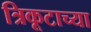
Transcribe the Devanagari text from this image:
त्रिकूटाच्या